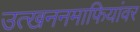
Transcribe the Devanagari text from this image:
उत्खननमाफियांवर